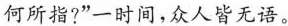
何所指？”一时间，众人皆无语。